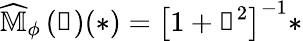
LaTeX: \widehat{\mathbb{M}}_{\phi}\left(\boldsymbol{\upxi}\right)(\ast)=\left[1+\boldsymbol{\upxi}^{2}\right]^{-1}\ast